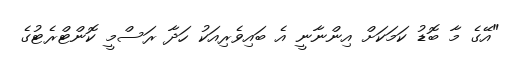
"އޭގެ މާ ބޮޑު ކަމަކަށް އިންނާނީ އެ ބައިވެރިއަކު ހަދާ ރަސްމީ ކޮންޓްރެޓުގެ